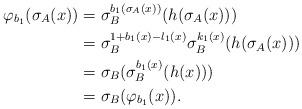
LaTeX: \begin{align*}\varphi_{b_1}(\sigma_A(x)) & = \sigma_B^{b_1(\sigma_A(x))}(h(\sigma_A(x))) \\& = \sigma_B^{1 + b_1(x) -l_1(x)}\sigma_B^{k_1(x)}(h(\sigma_A(x))) \\& = \sigma_B(\sigma_B^{b_1(x)}(h(x))) \\& = \sigma_B(\varphi_{b_1}(x)).\end{align*}